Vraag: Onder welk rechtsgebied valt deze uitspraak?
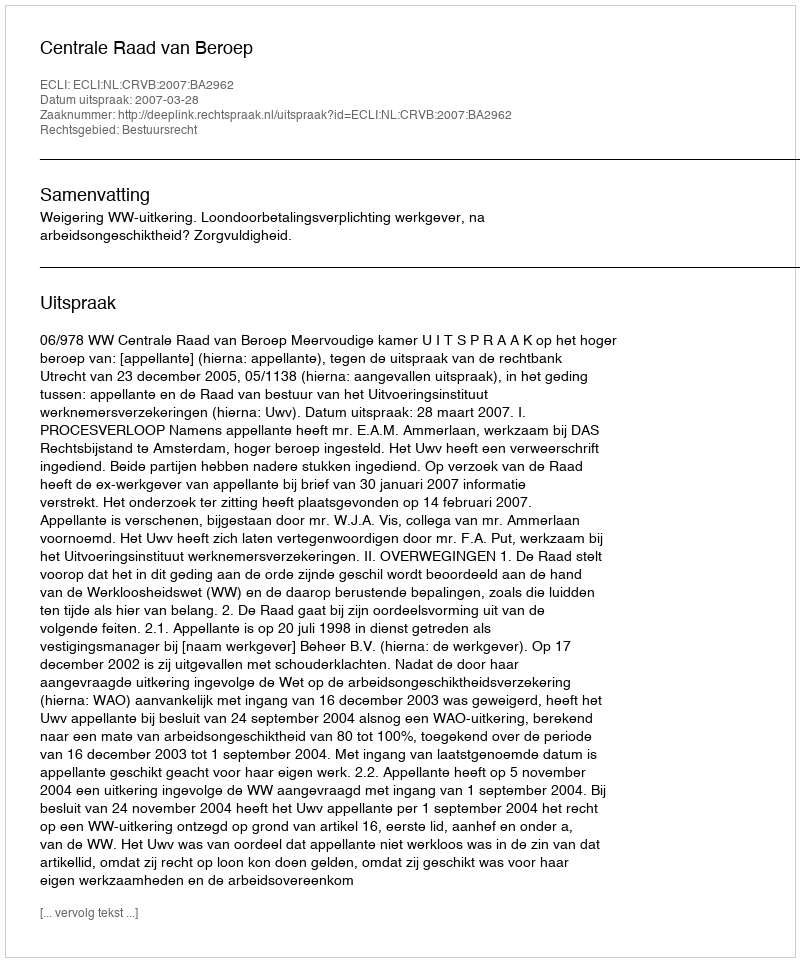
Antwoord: Bestuursrecht